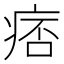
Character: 痞